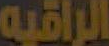
الراقيه